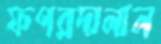
ফপরদালাল